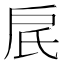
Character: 𬇋